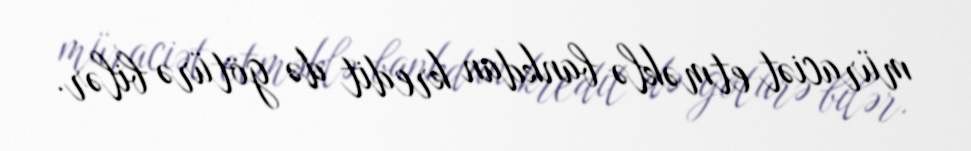
müraciət etməklə bankdan kredit də götürə bilər.